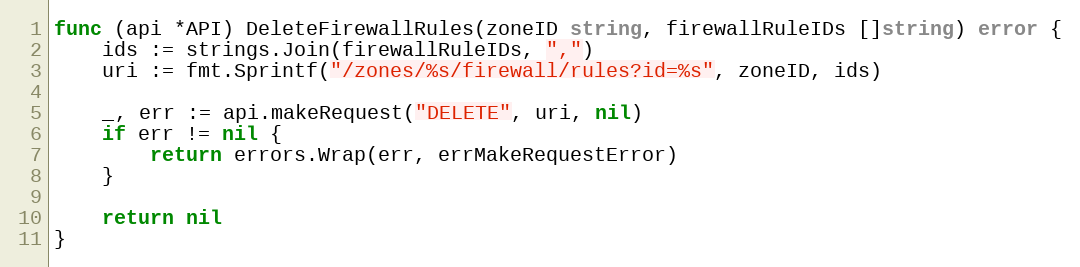
Language: Go
func (api *API) DeleteFirewallRules(zoneID string, firewallRuleIDs []string) error {
	ids := strings.Join(firewallRuleIDs, ",")
	uri := fmt.Sprintf("/zones/%s/firewall/rules?id=%s", zoneID, ids)

	_, err := api.makeRequest("DELETE", uri, nil)
	if err != nil {
		return errors.Wrap(err, errMakeRequestError)
	}

	return nil
}